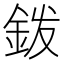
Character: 𰼦